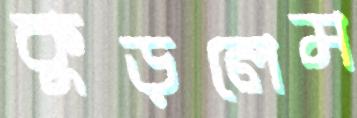
কুড়লেম